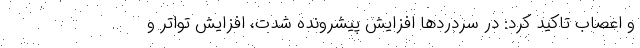
و اعصاب تاکید کرد: در سردردها افزایش پیشرونده شدت، افزایش تواتر و